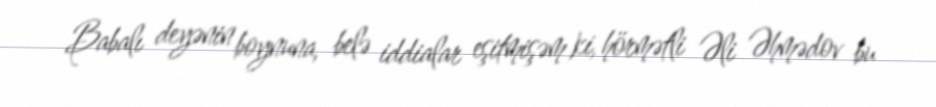
Babalı deyənin boynuna, belə iddialar eşitmişəm ki, hörmətli Əli Əhmədov bu